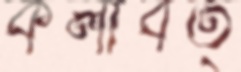
কলাবত্